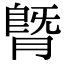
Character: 䐴